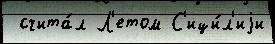
 счита́л Л'етом С'ици́л'иjи